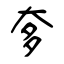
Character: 奓